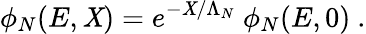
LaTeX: \phi_{N}(E,\mathit{X})=e^{-\mathit{X}/\Lambda_{N}}~\phi_{N}(E,0)~.